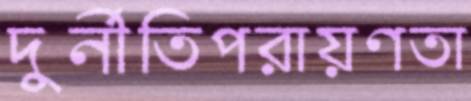
দুর্নীতিপরায়ণতা